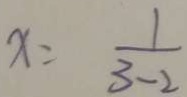
x = \frac { 1 } { 3 - 2 }